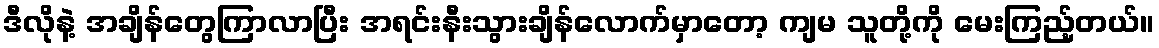
ဒီလိုနဲ့ အချိန်တွေကြာလာပြီး အရင်းနီးသွားချိန်လောက်မှာတော့ ကျမ သူတို့ကို မေးကြည့်တယ်။